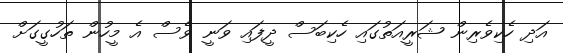
އަދި ހެކިވެރިން ޝަރީއަތުގައި ހެކިބަސް ދީފައި ވަނީ ވެސް އެ މީހުން ތަހުގީގަށް